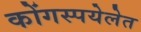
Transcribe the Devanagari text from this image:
कोंगस्पयेलेत